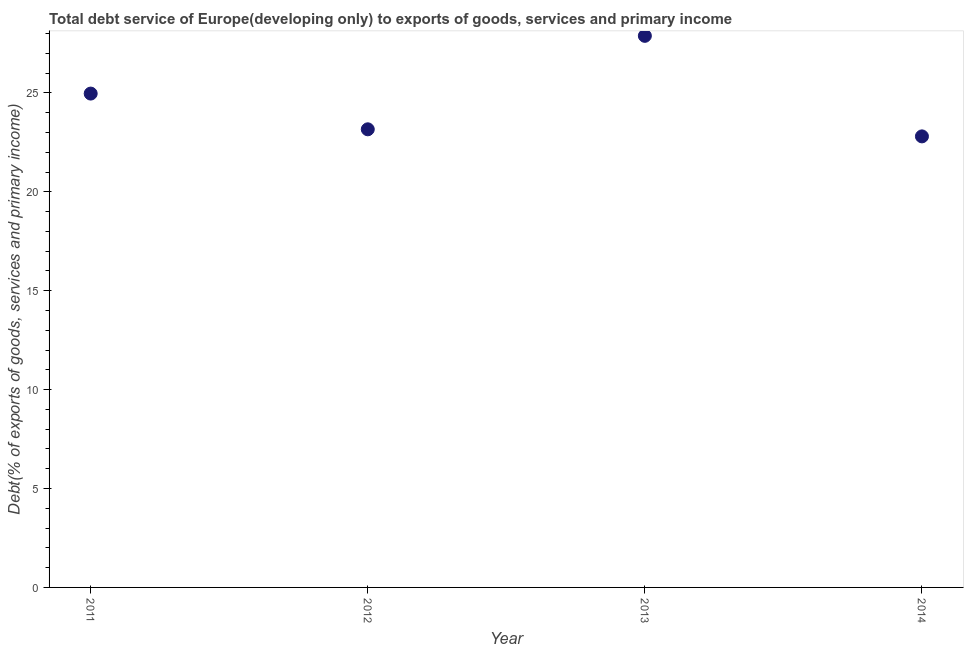
| Year | Total debt service |
 | --- | --- |
 | 2011 | 25 |
 | 2012 | 23.2 |
 | 2013 | 27.9 |
 | 2014 | 22.8 |